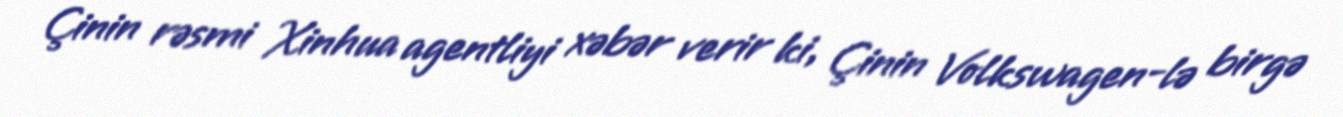
Çinin rəsmi Xinhua agentliyi xəbər verir ki, Çinin Volkswagen-lə birgə